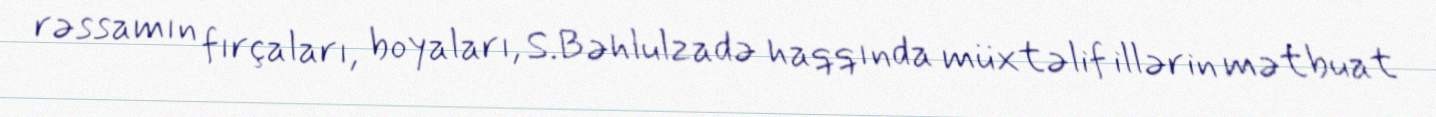
rəssamın fırçaları, boyaları, S.Bəhlulzadə haqqında müxtəlif illərin mətbuat